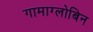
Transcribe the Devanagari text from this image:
गामाग्लोबिन